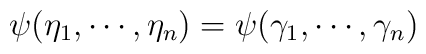
\psi(\eta_1, \cdots, \eta_n) =  \psi(\gamma_1, \cdots,\gamma_n)